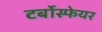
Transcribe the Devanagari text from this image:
टर्बोस्फेयर